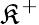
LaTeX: \mathfrak{K}^{+}